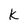
Character: K